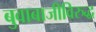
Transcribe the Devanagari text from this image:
बुवाबाजीविरुद्ध